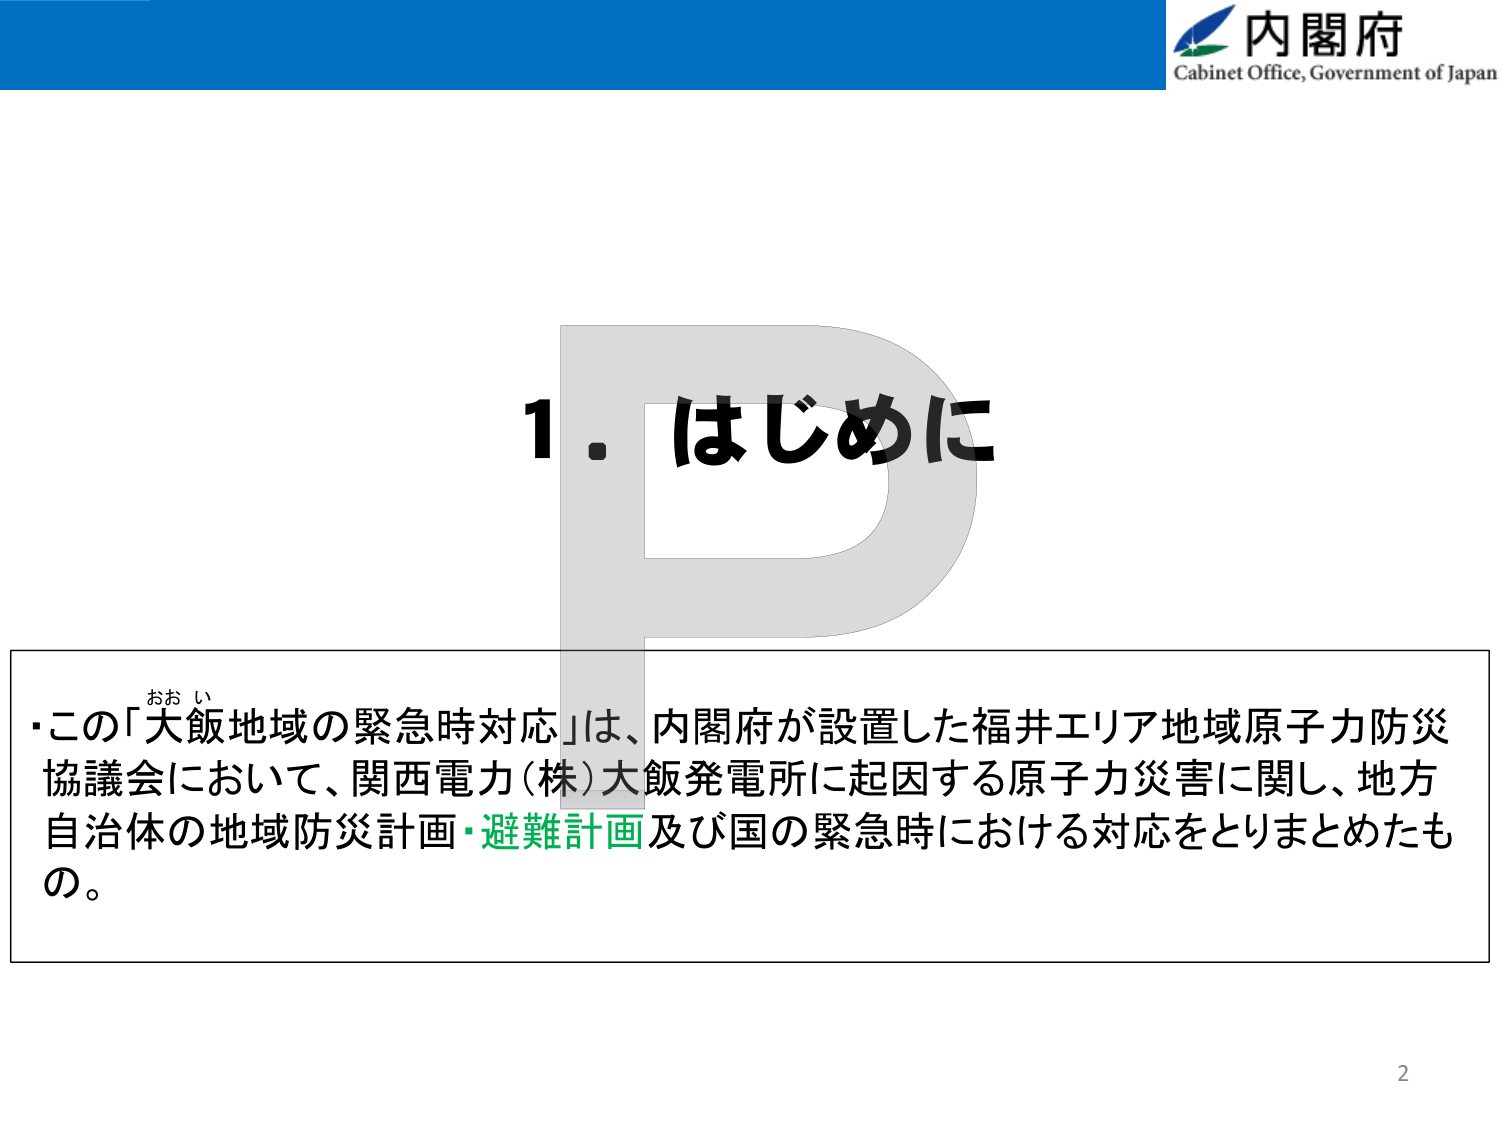
内閣府
Cabinet Office, Government of Japan

1．はじめに

・この「大飯地域の緊急時対応」は、内閣府が設置した福井エリア地域原子力防災協議会において、関西電力（株）大飯発電所に起因する原子力災害に関し、地方自治体の地域防災計画・避難計画及び国の緊急時における対応をとりまとめたもの。

2